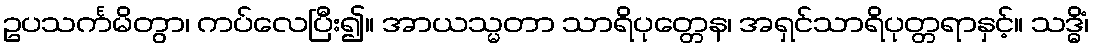
ဥပသင်္ကမိတွာ၊ ကပ်လေပြီး၍။ အာယသ္မတာ သာရိပုတ္တေန၊ အရှင်သာရိပုတ္တရာနှင့်။ သဒ္ဓိံ၊